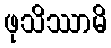
ဖုသိဿာမိ